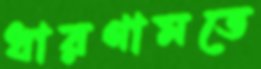
ধারণামতে